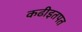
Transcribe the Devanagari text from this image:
कढीइतपत